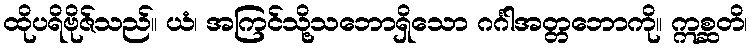
ထိုပရိဗိုဇ်သည်။ ယံ၊ အကြင်သို့သဘောရှိသော ဂင်္ဂါအတ္တဘောကို။ ဣစ္ဆတိ၊